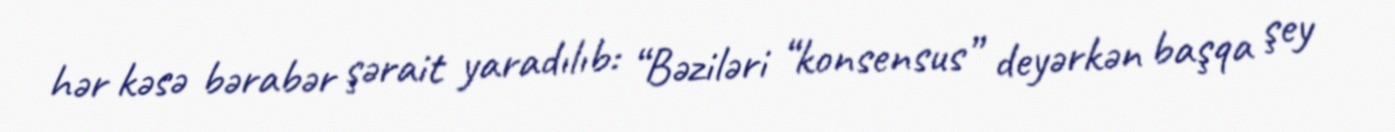
hər kəsə bərabər şərait yaradılıb: “Bəziləri “konsensus” deyərkən başqa şey